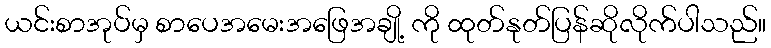
ယင်းစာအုပ်မှ စာပေအမေးအဖြေအချို့ ကို ထုတ်နုတ်ပြန်ဆိုလိုက်ပါသည်။